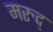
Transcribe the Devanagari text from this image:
मरुद्